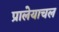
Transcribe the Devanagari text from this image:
प्रालेयाचल